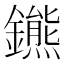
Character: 𨮳